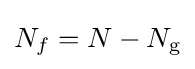
N_{f}=N-N_{\text{g}}